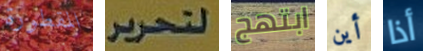
المقطورة لتحرير ابتهج أين أذا